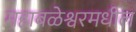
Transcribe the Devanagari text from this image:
महाबळेश्वरमधील